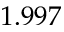
1 . 9 9 7